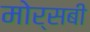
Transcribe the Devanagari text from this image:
मोर्सबी